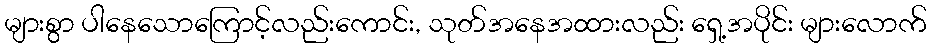
များစွာ ပါနေသောကြောင့်လည်းကောင်း, သုတ်အနေအထားလည်း ရှေ့အပိုင်း များလောက်